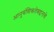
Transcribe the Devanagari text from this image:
आनुवंशिकतेबद्दलचे